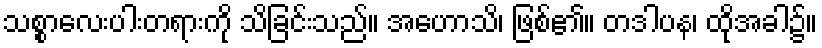
သစ္စာလေးပါးတရားကို သိခြင်းသည်။ အဟောသိ၊ ဖြစ်၏။ တဒါပန၊ ထိုအခါ၌။